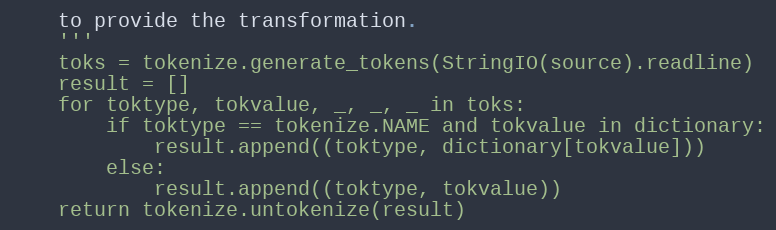
Language: Python
    to provide the transformation.
    '''
    toks = tokenize.generate_tokens(StringIO(source).readline)
    result = []
    for toktype, tokvalue, _, _, _ in toks:
        if toktype == tokenize.NAME and tokvalue in dictionary:
            result.append((toktype, dictionary[tokvalue]))
        else:
            result.append((toktype, tokvalue))
    return tokenize.untokenize(result)